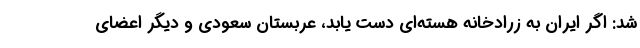
شد: اگر ایران به زرادخانه هسته‌ای دست یابد، عربستان سعودی و دیگر اعضای